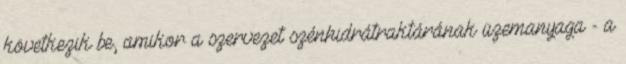
következik be, amikor a szervezet szénhidrátraktárának üzemanyaga - a